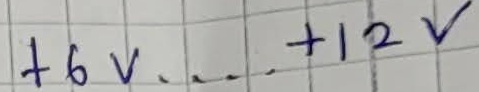
Text: +6V....+12V